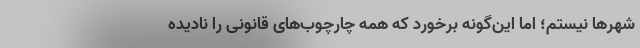
شهرها نیستم؛ اما این‌گونه برخورد که همه چارچوب‌های قانونی را نادیده